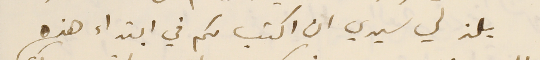
يلذ لي سيدي ان اكتب لكم في ابتداء هذه